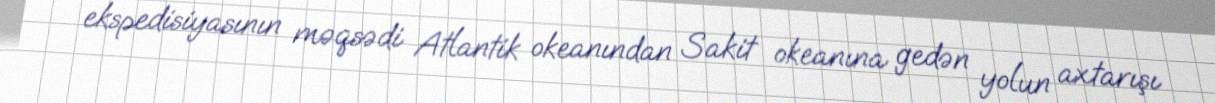
ekspedisiyasının məqsədi Atlantik okeanından Sakit okeanına gedən yolun axtarışı